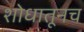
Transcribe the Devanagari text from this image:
शोधातूनच